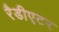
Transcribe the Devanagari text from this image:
रैडीएटर